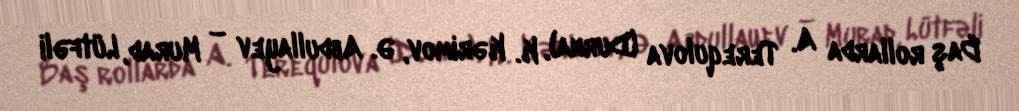
Baş rollarda A. Terequlova (Durna), K. Kərimov, Ə. Abdullayev – Murad, Lütfəli